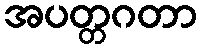
အပတ္တဂတာ